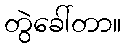
တွဲခေါ်တာ။